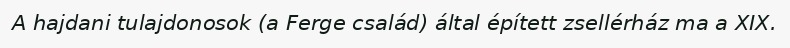
A hajdani tulajdonosok (a Ferge család) által épített zsellérház ma a XIX.